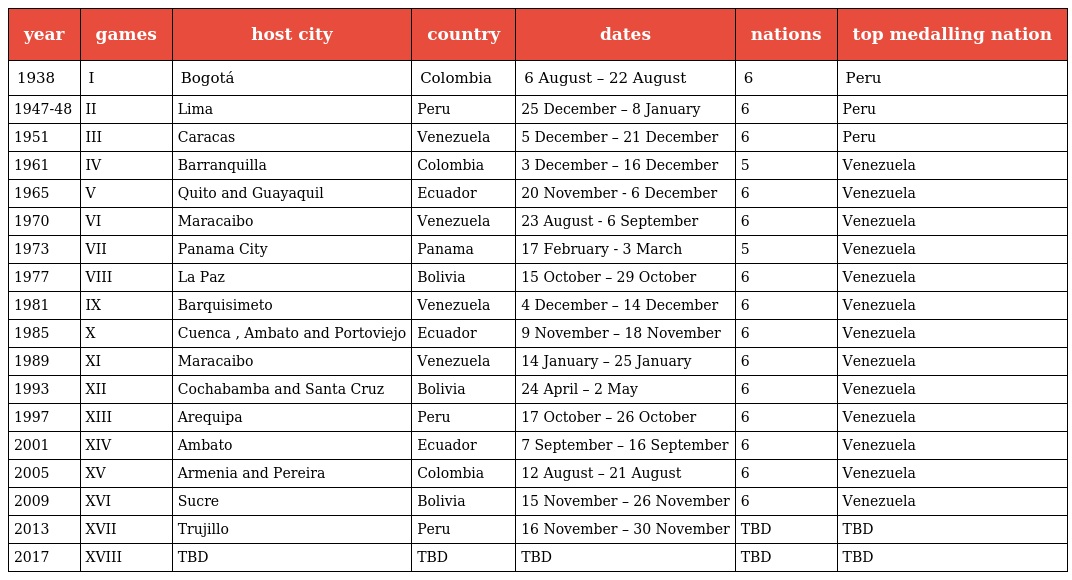
| year | games | host city | country | dates | nations | top medalling nation |
 | --- | --- | --- | --- | --- | --- | --- |
 | 1938 | I | Bogotá | Colombia | 6 August – 22 August | 6 | Peru |
 | 1947-48 | II | Lima | Peru | 25 December – 8 January | 6 | Peru |
 | 1951 | III | Caracas | Venezuela | 5 December – 21 December | 6 | Peru |
 | 1961 | IV | Barranquilla | Colombia | 3 December – 16 December | 5 | Venezuela |
 | 1965 | V | Quito and Guayaquil | Ecuador | 20 November - 6 December | 6 | Venezuela |
 | 1970 | VI | Maracaibo | Venezuela | 23 August - 6 September | 6 | Venezuela |
 | 1973 | VII | Panama City | Panama | 17 February - 3 March | 5 | Venezuela |
 | 1977 | VIII | La Paz | Bolivia | 15 October – 29 October | 6 | Venezuela |
 | 1981 | IX | Barquisimeto | Venezuela | 4 December – 14 December | 6 | Venezuela |
 | 1985 | X | Cuenca , Ambato and Portoviejo | Ecuador | 9 November – 18 November | 6 | Venezuela |
 | 1989 | XI | Maracaibo | Venezuela | 14 January – 25 January | 6 | Venezuela |
 | 1993 | XII | Cochabamba and Santa Cruz | Bolivia | 24 April – 2 May | 6 | Venezuela |
 | 1997 | XIII | Arequipa | Peru | 17 October – 26 October | 6 | Venezuela |
 | 2001 | XIV | Ambato | Ecuador | 7 September – 16 September | 6 | Venezuela |
 | 2005 | XV | Armenia and Pereira | Colombia | 12 August – 21 August | 6 | Venezuela |
 | 2009 | XVI | Sucre | Bolivia | 15 November – 26 November | 6 | Venezuela |
 | 2013 | XVII | Trujillo | Peru | 16 November – 30 November | TBD | TBD |
 | 2017 | XVIII | TBD | TBD | TBD | TBD | TBD |